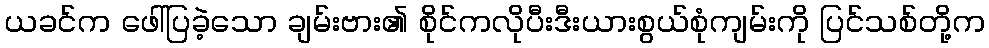
ယခင်က ဖေါ်ပြခဲ့သော ချမ်းဗား၏ စိုင်ကလိုပီးဒီးယားစွယ်စုံကျမ်းကို ပြင်သစ်တို့က